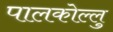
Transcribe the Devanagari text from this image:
पालकोल्लु